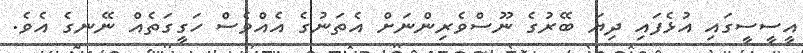
އީސީސީގައި އުޅެފައި ދިޔަ ބޭރުގެ ނޫސްވެރިންނަށް އެތަނުގެ އެއްވެސް ހަގީގަތެއް ނޭނގެ އެވެ.